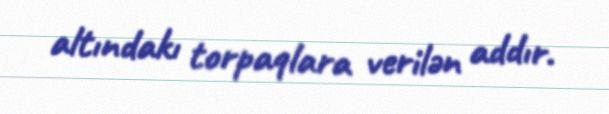
altındakı torpaqlara verilən addır.